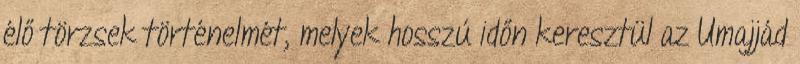
élő törzsek történelmét, melyek hosszú időn keresztül az Umajjád